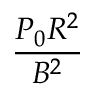
\frac { P _ { 0 } R ^ { 2 } } { B ^ { 2 } }